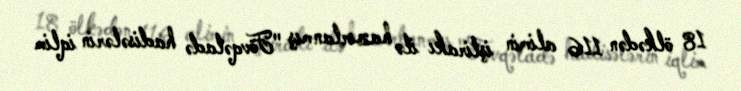
18 ölkədən 116 alimin iştirakı ilə hazırlanmış "Fövqəladə hadisələrin iqlim